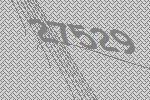
27529